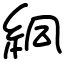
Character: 絧